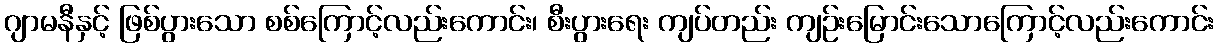
ဂျာမနီနှင့် ဖြစ်ပွားသော စစ်ကြောင့်လည်းကောင်း၊ စီးပွားရေး ကျပ်တည်း ကျဉ်းမြောင်းသောကြောင့်လည်းကောင်း